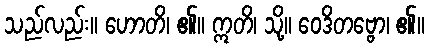
သည်လည်း။ ဟောတိ၊ ၏။ ဣတိ၊ သို့။ ဝေဒိတဗ္ဗော၊ ၏။